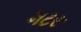
મટરૂ